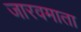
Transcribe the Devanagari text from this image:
जारवमाता